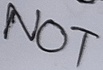
Text: NOT